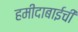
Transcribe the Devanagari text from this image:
हमीदाबाईची